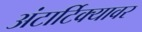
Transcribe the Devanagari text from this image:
अंटार्टिक्यावर